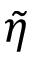
\tilde { \eta }